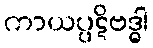
ကာယပ္ပဋိဗဒ္ဓါ